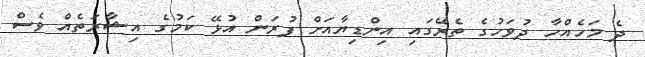
ދެ މަހެއްހާ ދުވަހުގެ ތެރޭގައި އިންޑިޔާއަށް ފުރަން އުޅޭ ކަމުގެ އިޝާރަތެއް ވެސް